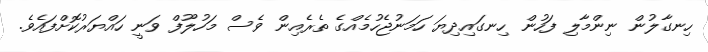
ހިނގާލުން ނިންމާލި ފަހުން ހިނގައިދިޔަ ހަމަނުޖެހުމެއްގެ ތެރެއިން ވެސް މަހުލޫފް ވަނީ ހައްޔަރުކޮށްފައެވެ.